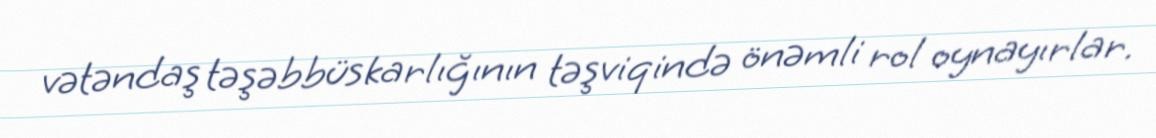
vətəndaş təşəbbüskarlığının təşviqində önəmli rol oynayırlar.